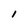
Character: 1